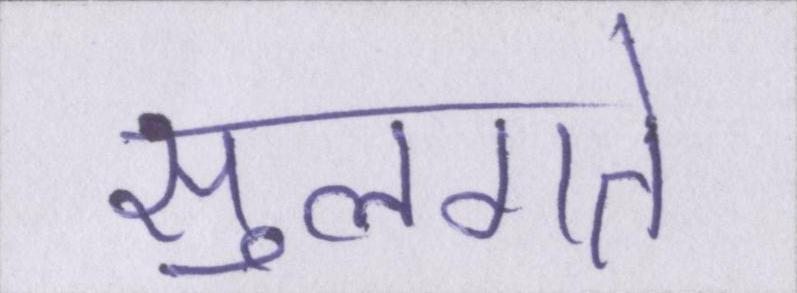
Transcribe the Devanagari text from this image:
सुलगते